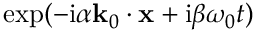
\exp ( - \mathrm { i } \alpha \mathbf { k } _ { 0 } \cdot \mathbf { x } + \mathrm { i } \beta \omega _ { 0 } t )